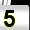
Digit: 5